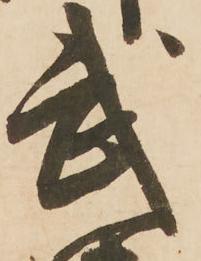
武